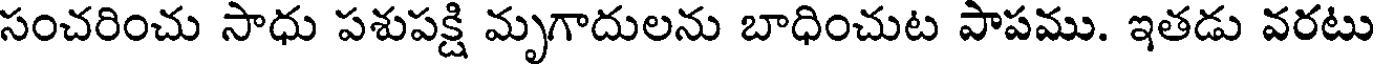
సంచరించు సాధు పశుపక్షి మృగాదులను బాధించుట పాపము. ఇతడు వరటు